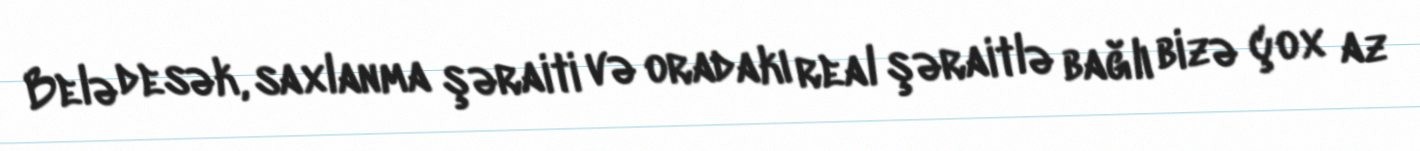
Belə desək, saxlanma şəraiti və oradakı real şəraitlə bağlı bizə çox az